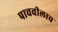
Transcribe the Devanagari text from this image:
पाचवीलाच